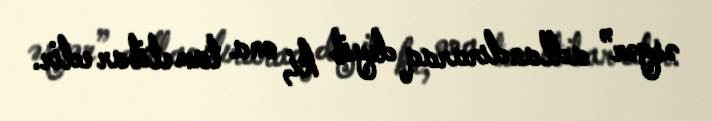
əsgər” adlandıraraq deyib ki, ona tam etibar edir.